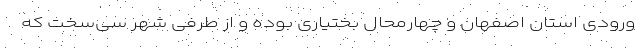
ورودی استان اصفهان و چهارمحال بختیاری بوده و از طرفی شهر سی‌سخت که